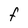
Character: F